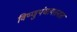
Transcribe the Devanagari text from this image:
विष्णुपंचायतनात